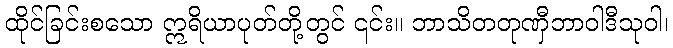
ထိုင်ခြင်းစသော ဣရိယာပုတ်တို့တွင် ၎င်း။ ဘာသိတတုဏှီဘာဝါဒီသုဝါ၊